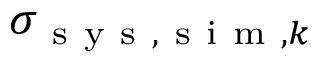
\sigma _ { \mathrm { ~ s ~ y ~ s ~ } , \mathrm { ~ s ~ i ~ m ~ } , k }